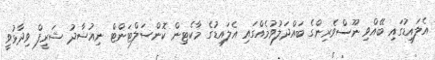
އެލައިޑުގައި ބޭއްވި ނޫސްވެރިންގެ ބައްދަލުވުމެއްގައި އެލައިޑުގެ މާކެޓިން ކޮންސަލްޓަންޓް ނިއުޝާދު ޝަރީފް ވިދާޅުވީ